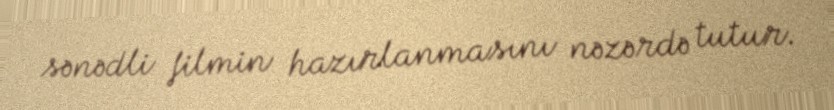
sənədli filmin hazırlanmasını nəzərdə tutur.